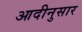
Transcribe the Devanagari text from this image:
आदीनुसार